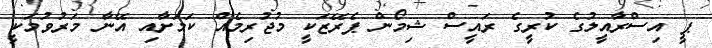
ޕީ އިސްރާއީލުގެ ކުރީގެ ރައީސް ޝިމޯން ޕެރޭޒަކީ މުޖުރިމެއް ކަމަށާއި އޭނާ މަރުވުމަކީ